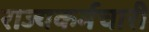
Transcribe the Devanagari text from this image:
राज्यकर्मचारी